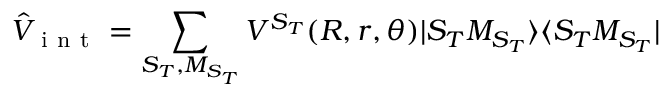
{ } \hat { V } _ { \mathrm { ~ i ~ n ~ t ~ } } = \sum _ { S _ { T } , M _ { S _ { T } } } V ^ { S _ { T } } ( R , r , \theta ) | S _ { T } M _ { S _ { T } } \rangle \langle S _ { T } M _ { S _ { T } } |